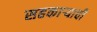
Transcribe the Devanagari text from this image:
सहकाऱ्याची